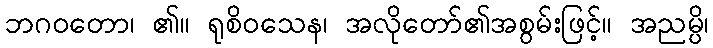
ဘဂဝတော၊ ၏။ ရုစိဝသေန၊ အလိုတော်၏အစွမ်းဖြင့်။ အညမ္ပိ၊